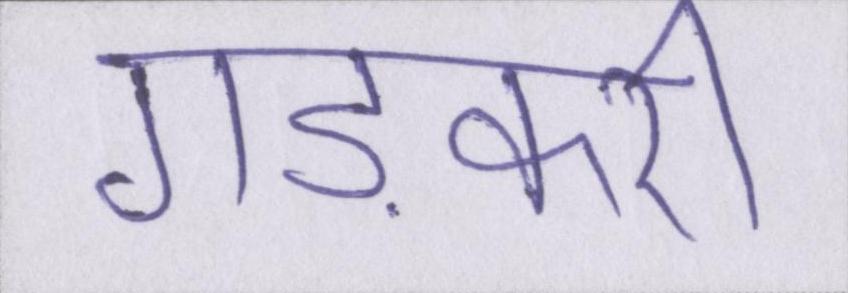
गड़करी